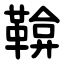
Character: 鞥